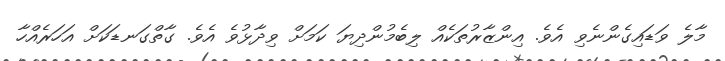
މާލެ ވަޑައިގެންނެވި އެވެ. އިންޒާރުތަކެއް ލިބެމުންދިޔަ ކަމަށް ވިދާޅުވެ އެވެ. ގާތްގަނޑަކަށް އަހަރެއްހާ